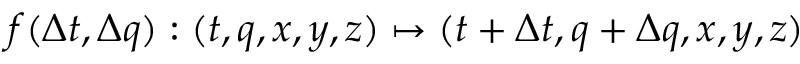
f ( \Delta t , \Delta q ) : ( t , q , x , y , z ) \mapsto ( t + \Delta t , q + \Delta q , x , y , z )